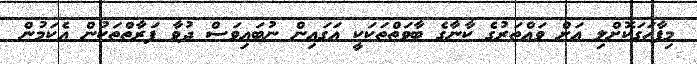
މިފާހަގަކޮށްލި އަށް ވައްތަރުގެ ކާނާގެ ބާވަތްތަކަކީ އަގައިން ނުބައިވަސް ދުވާ ފަރާތްތަކުން އެކަމުން